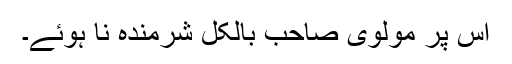
اس پر مولوی صاحب بالکل شرمندہ نا ہوئے۔